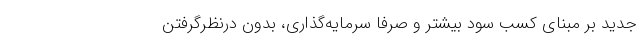
جدید بر مبنای کسب سود بیشتر و صرفا سرمایه‌گذاری، بدون درنظرگرفتن